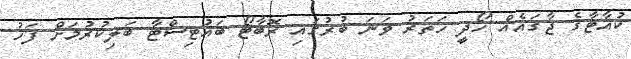
ކުއާޓާގެ ޖާގައެއް ހޯދީ ހަތަރު ވަނަ ބުރުގައި ރޮބާޓޯ ބައުޓިސްޓާ ބަލިކުރުމަށް ފަހު